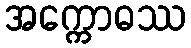
အက္ကောဓဿ